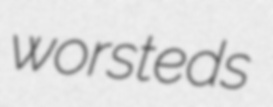
worsteds